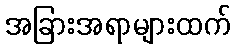
အခြားအရာများထက်